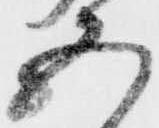
五